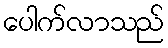
ပေါက်လာသည်